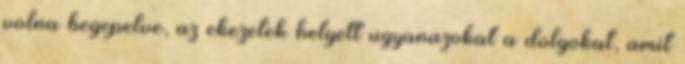
volna begepelve, az ekezetek helyett ugyanazokat a dolgokat, amit